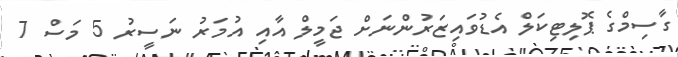
ގާސިމްގެ ޕޮލިޓިކަލް އެޑުވައިޒަރުންނަށް ޖަމީލް އާއި އުމަރު ނަސީރު 5 މަސް 7